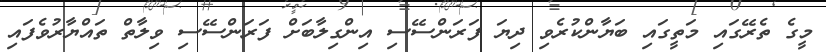
މީގެ ތެރޭގައި މަތީގައި ބަޔާންކުރެވި ދިޔަ ފަރަންސޭސި އިންގިލާބަށް ފަރަންސޭސި ވިލާތް ތައްޔާރުވެފައި